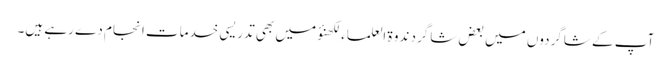
آپ کے شاگردوں میں بعض شاگرد ندوۃ العلماء لکھنؤ میں بھی تدریسی خدمات انجام دے رہے ہیں۔